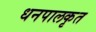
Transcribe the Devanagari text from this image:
धनपालकृत